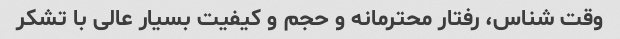
وقت شناس، رفتار محترمانه و حجم و کیفیت بسیار عالی با تشکر